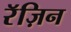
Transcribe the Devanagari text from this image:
रॅज़िन